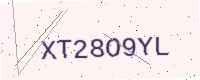
Text: XT28O9YL